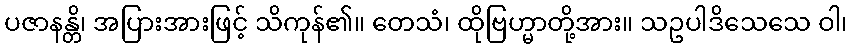
ပဇာနန္တိ၊ အပြားအားဖြင့် သိကုန်၏။ တေသံ၊ ထိုဗြဟ္မာတို့အား။ သဥပါဒိသေသေ ဝါ၊